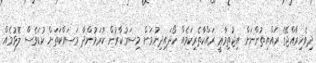
ދިވެހިރާއްޖޭގެ ރައްޔިތުންނަށް އިޖުތިމާޢީ ރައްކާތެރިކަމެއް ހޯދައިދިނުމަށް މިސަރުކާރުން ކުރަމުންދާ މަސައްކަތަށް ކުޑަވެސް ލޮޅުމެއް